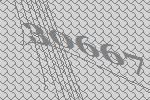
30667